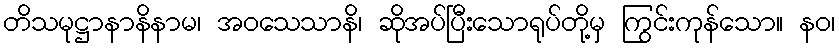
တိသမုဋ္ဌာနာနိနာမ၊ အဝသေသာနိ၊ ဆိုအပ်ပြီးသောရုပ်တို့မှ ကြွင်းကုန်သော။ နဝ၊